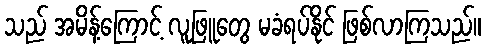
သည် အမိန့်ကြောင့် လူဖြူတွေ မခံရပ်နိုင် ဖြစ်လာကြသည်။